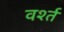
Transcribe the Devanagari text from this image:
वर्श्त